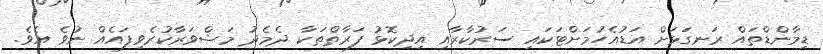
ޑިމާންޑްތައް ރަނގަޅަށް އަޑުއެހުމަށްޓަކައި ސަރުކާރާއި އިދިކޮޅު ފަރާތްތަކާ ދެމެދު މަޝްވަރާކުރެވިފައެއް ނުވެ އެވެ.